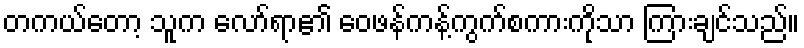
တကယ်တော့ သူက လော်ရာ၏ ဝေဖန်ကန့်ကွက်စကားကိုသာ ကြားချင်သည်။